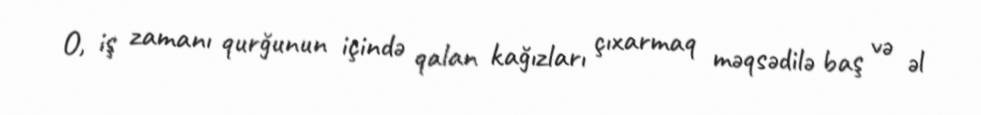
O, iş zamanı qurğunun içində qalan kağızları çıxarmaq məqsədilə baş və əl